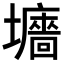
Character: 𡓜